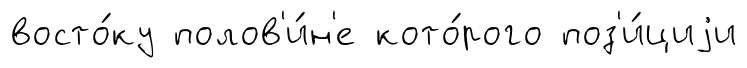
восто́ку полов'и́н'е кото́рого поз'и́циjи